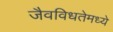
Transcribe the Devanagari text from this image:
जैवविधतेमध्ये